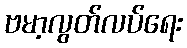
ဗမာ့လွတ်လပ်ရေး